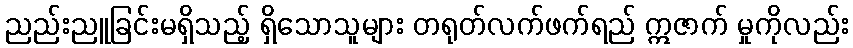
ညည်းညူခြင်းမရှိသည့် ရှိသောသူများ တရုတ်လက်ဖက်ရည် ဣဇာက် မှုကိုလည်း